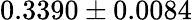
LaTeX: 0.3390\pm 0.0084